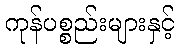
ကုန်ပစ္စည်းများနှင့်